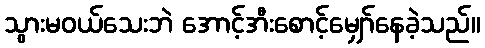
သွားမဝယ်သေးဘဲ အောင့်အီးစောင့်မျှော်နေခဲ့သည်။